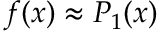
f ( x ) \approx P _ { 1 } ( x )